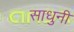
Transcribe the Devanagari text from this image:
साधुनी